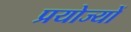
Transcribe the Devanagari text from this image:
प्रयोज्यों